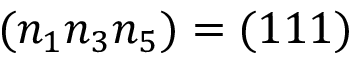
( n _ { 1 } n _ { 3 } n _ { 5 } ) = ( 1 1 1 )